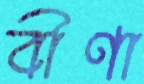
বীণা